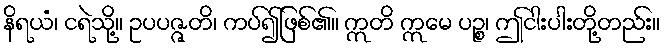
နိရယံ၊ ငရဲသို့။ ဥပပဇ္ဇတိ၊ ကပ်၍ဖြစ်၏။ ဣတိ ဣမေ ပဉ္စ၊ ဤငါးပါးတို့တည်း။